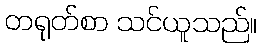
တရုတ်စာ သင်ယူသည်။